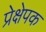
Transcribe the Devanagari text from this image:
प्रेक्षेपक